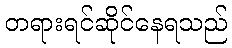
တရားရင်ဆိုင်နေရသည်